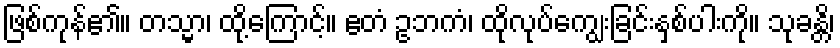
ဖြစ်ကုန်၏။ တသ္မာ၊ ထို့ကြောင့်။ ဧတံ ဥဘကံ၊ ထိုလုပ်ကျွေးခြင်းနှစ်ပါးကို။ သုခန္တိ၊